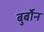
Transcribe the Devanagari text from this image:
बुर्बोन